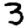
Digit: 3